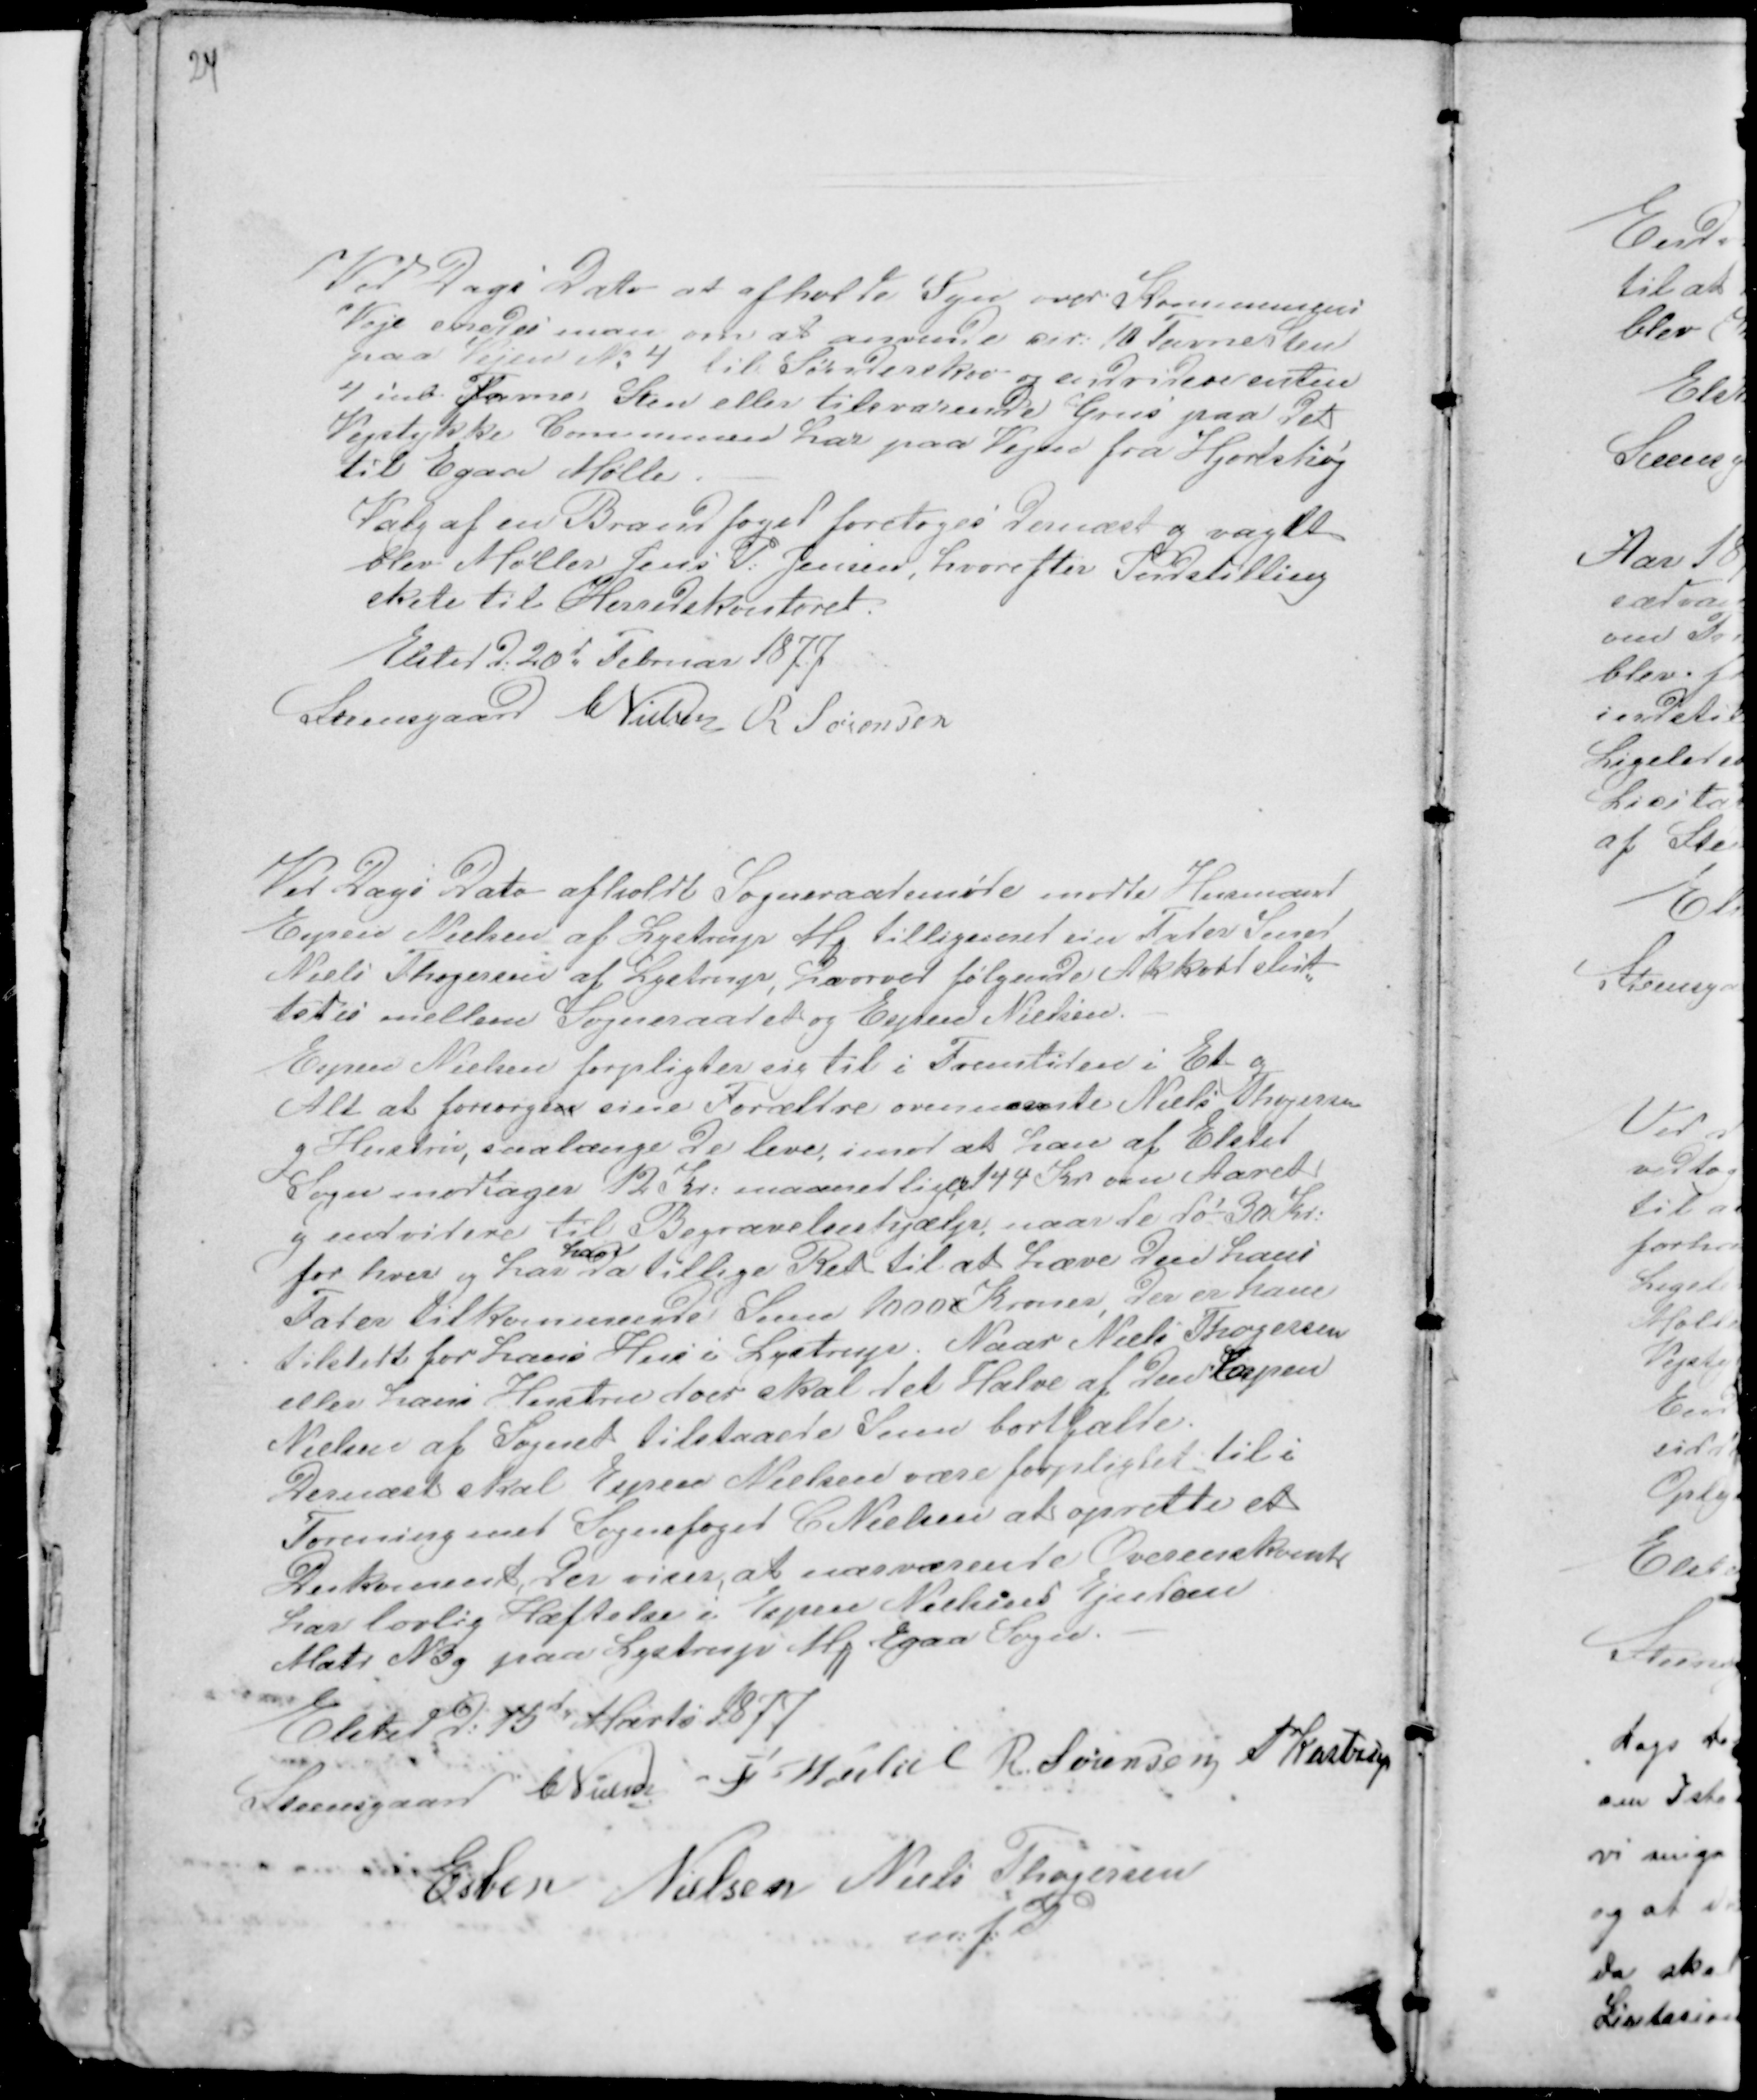
Transskription:
24

Ved Dags Dato at afholde Syn over Kommunens
Veje enedes man om at anvende cir: 10 Favne Sten
paa Vejen No 4 til Sønderskov og endvidere enten
4 Cub Favne Sten eller tilsvarende Grus paa det
Vejstykke Communen har paa Vejen fra Hjortshøj
til Egaa Mølle. -
Valg af en Brandfoged foretoges dernæst og vaglt
blev Møller Jens P: Jensen, hvorefter Indstilling
skete til Herredeskontoret.
Elsted d: 20d Februar 1877
Steensgaard CNielsen R Sørensen

Ved Dags Dato afholdte Sogneraadsmøde mødte Husmand
Espen Nielsen af Lystrup M tilligemed sin Fader Smed
Niels Thøgersen af Lystrup, hæorved følgende Akkord slut-
tedes mellem Sogneraadet og Espen Nielsen. -
Espen Nielsen forpligter sig til i Fremtiden i et og
Alt at forsørgen sine Forældre ovennævnte Niels Thøgersen
g Hustru, saalænge De lever, imod at han af Elsted
Sogn modtager 12 Kr: maanedligl, 144 Kr om Aaret
g endvidere til Begravelseshjælp, naar de dø 30 Kr:
for hver og har
han
da tillige Ret til at hæve den hans
Fader tilkommende Sum 1000 Kroner, der er ham
tilstedt for hans Hus i Lystrup. Naar Niels Thøgersen
eller hans Hustru døer skal det Halve af den Espen
Nielsen af Sognet tilstaaede Sum bortfalde.
Dernæst skal Espen Nielsen være forpligtet til i
Forening med Sognefoged C Nielsen at oprette et
Dukoment der viser; at nærværende Overenskomtr
har lovlig Hæftelse i Espen Nielsens Ejendom
Matr N3g paa Lystrup M Egaa Sogn. -
Elsted D: 15d Marts 1877
Steensgaard CNielsen F Veibel R. Sørensen PKastrup
Esben Nielsen Niels Thøgersen
m: f: P